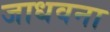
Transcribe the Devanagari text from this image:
जाधवना